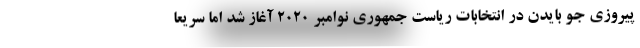
پیروزی جو بایدن در انتخابات ریاست جمهوری نوامبر ۲۰۲۰ آغاز شد اما سریعا